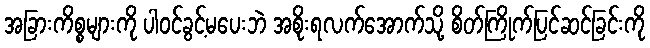
အခြားကိစ္စများကို ပါဝင်ခွင့်မပေးဘဲ အစိုးရလက်အောက်သို့ စိတ်ကြိုက်ပြင်ဆင်ခြင်းကို